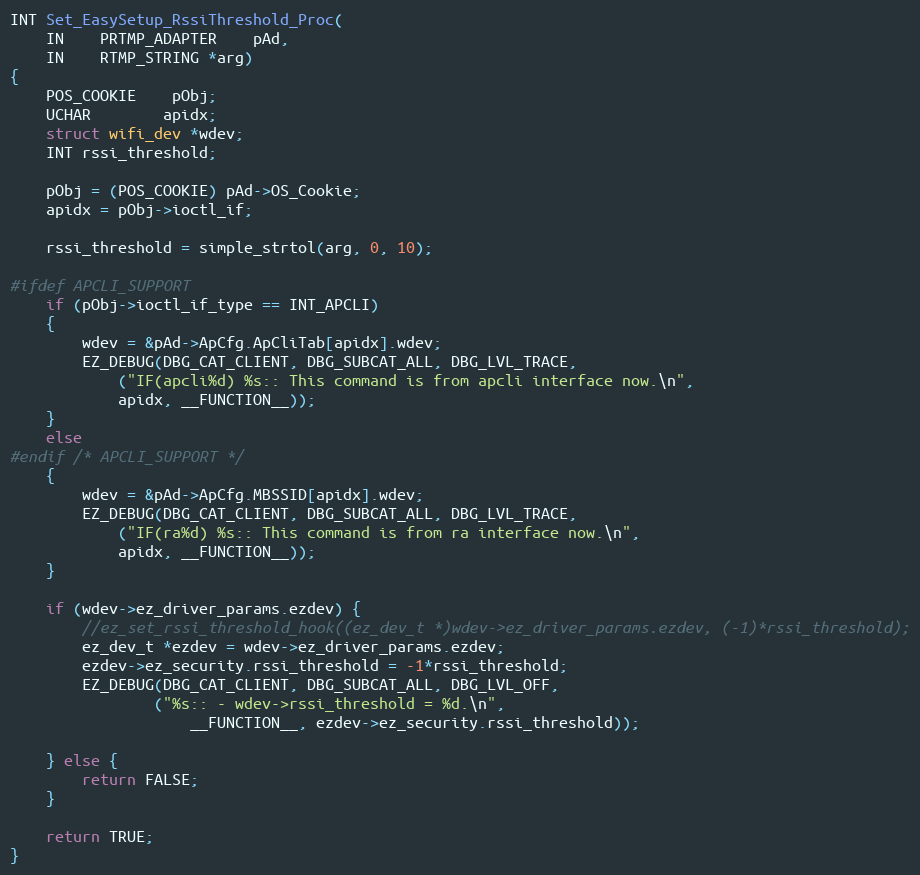
Language: C
INT Set_EasySetup_RssiThreshold_Proc(
	IN	PRTMP_ADAPTER	pAd,
	IN	RTMP_STRING *arg)
{
	POS_COOKIE	pObj;
	UCHAR		apidx;
	struct wifi_dev *wdev;
	INT rssi_threshold;

	pObj = (POS_COOKIE) pAd->OS_Cookie;
	apidx = pObj->ioctl_if;

	rssi_threshold = simple_strtol(arg, 0, 10);

#ifdef APCLI_SUPPORT
	if (pObj->ioctl_if_type == INT_APCLI)
	{
		wdev = &pAd->ApCfg.ApCliTab[apidx].wdev;
		EZ_DEBUG(DBG_CAT_CLIENT, DBG_SUBCAT_ALL, DBG_LVL_TRACE,
			("IF(apcli%d) %s:: This command is from apcli interface now.\n",
			apidx, __FUNCTION__));
	}
	else
#endif /* APCLI_SUPPORT */
	{
		wdev = &pAd->ApCfg.MBSSID[apidx].wdev;
		EZ_DEBUG(DBG_CAT_CLIENT, DBG_SUBCAT_ALL, DBG_LVL_TRACE,
			("IF(ra%d) %s:: This command is from ra interface now.\n",
			apidx, __FUNCTION__));
	}

	if (wdev->ez_driver_params.ezdev) {
		//ez_set_rssi_threshold_hook((ez_dev_t *)wdev->ez_driver_params.ezdev, (-1)*rssi_threshold);
		ez_dev_t *ezdev = wdev->ez_driver_params.ezdev;
		ezdev->ez_security.rssi_threshold = -1*rssi_threshold;
		EZ_DEBUG(DBG_CAT_CLIENT, DBG_SUBCAT_ALL, DBG_LVL_OFF,
				("%s:: - wdev->rssi_threshold = %d.\n",
					__FUNCTION__, ezdev->ez_security.rssi_threshold));

	} else {
		return FALSE;
	}

	return TRUE;
}